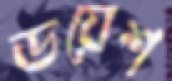
ডয়েশ